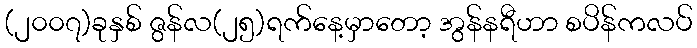
(၂၀၀၇)ခုနှစ် ဇွန်လ(၂၅)ရက်နေ့မှာတော့ အွန်နရီဟာ စပိန်ကလပ်